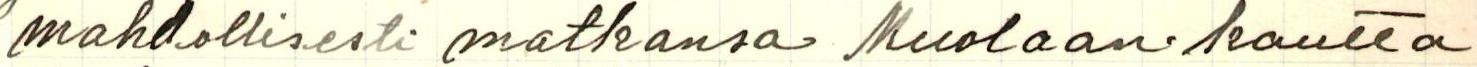
mahdollisesti matkansa Muolaan kautta